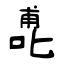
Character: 喸